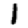
Digit: 1